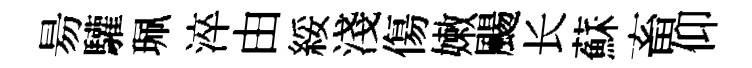
昜驩珮淬由綏淺傷嫩颺长蘇畜仰